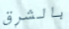
بالشرق